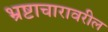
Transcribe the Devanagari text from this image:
भ्रष्टाचारावरील